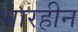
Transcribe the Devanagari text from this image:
भारहीन